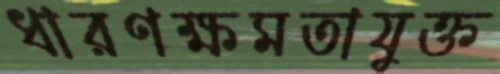
ধারণক্ষমতাযুক্ত